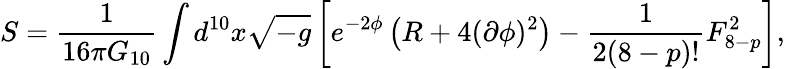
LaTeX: S=\frac{1}{16\pi G_{10}}\int d^{10}x\sqrt{-g}\left[e^{-2\phi}\left(R+4(\partial\phi)^{2}\right)-\frac{1}{2(8-p)!}F_{8-p}^{2}\right],